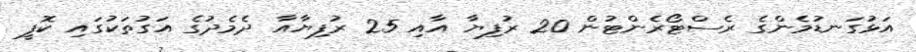
އަޅުގަނޑުމެންގެ ރެސްޓޯރެންޓުން 20 ރުފިޔާ އާއި 25 ރުފިޔާއާ ދެމެދުގެ އަގުތަކުގައި ކޮފީ